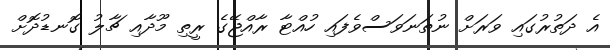
އެ ދަތުރުގައި ވަރަށް ނުތަނަވަސްވެފައި ހުއްޓާ ރާއްޖޭގެ ރީތި މޫދާއި ޗާލު ގޮނޑުދޮށް